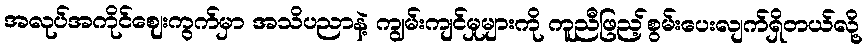
အလုပ်အကိုင်ဈေးကွက်မှာ အသိပညာနဲ့ ကျွမ်းကျင်မှုများကို ကူညီဖြည့်စွမ်းပေးလျက်ရှိတယ်လို့